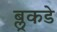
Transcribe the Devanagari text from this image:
ब्लूकडे